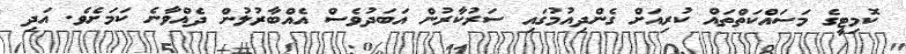
ކޮމިޓީގެ މަސައްކަތްތައް ކުރިއަށް ގެންދިއުމުގައި ސަރުކާރުން އަބަދުވެސް އެއްބާރުލުން ދެއްވާނެ ކަމަށެވެ. އަދި